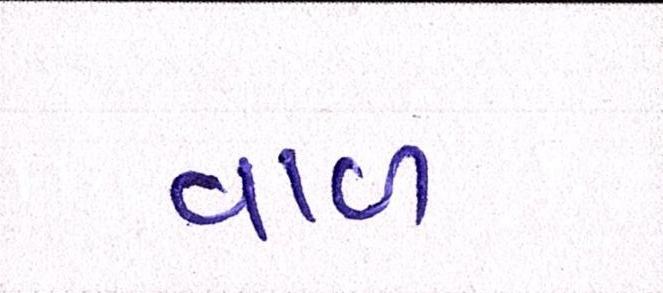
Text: વાળ